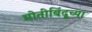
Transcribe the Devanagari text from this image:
मोतीबिंदूच्या